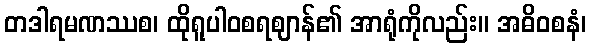
တဒါရမဏဿစ၊ ထိုရူပါဝစရဈာန်၏ အာရုံကိုလည်း။ အဓိဝစနံ၊